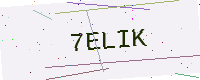
Text: 7ELIK